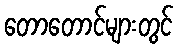
တောတောင်များတွင်